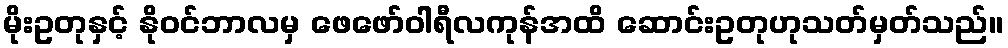
မိုးဥတုနှင့် နိုဝင်ဘာလမှ ဖေဖော်ဝါရီလကုန်အထိ ဆောင်းဥတုဟုသတ်မှတ်သည်။